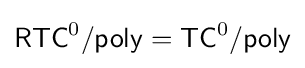
{\mathsf {RTC}}^{0}/{\mathsf {poly}}={\mathsf {TC}}^{0}/{\mathsf {poly}}